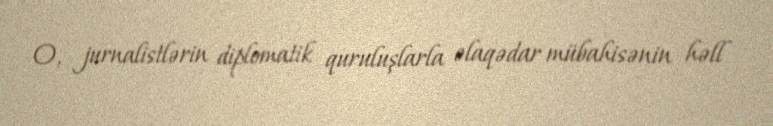
O, jurnalistlərin diplomatik quruluşlarla əlaqədar mübahisənin həll